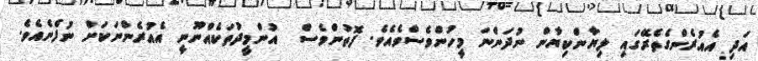
އަދި އެއުރެންގެތެރޭގައި ލިޔާންކިޔާން ނުދަންނަ މީހުންވެސްވެއެވެ. ފޮތުންވެސް  އުންމީދުތަކެއްނޫނީ އެއުރެންނަކަށް ނުފެނެއެވެ.